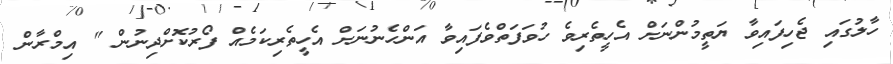
ހާލުގައި ޖެހިފައިވާ ޔަތީމުންނަށް އެހީތެރިވެ ހުވަފަތްވެފައިވާ އަންހެނުނަށް އެހީތެރިކަމެއް ފޯރުކޮށްދިނުން " އިމްރާން